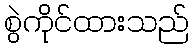
စွဲကိုင်ထားသည်